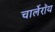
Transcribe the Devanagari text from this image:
चार्लेरॉय